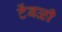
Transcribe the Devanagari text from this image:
टेंबळी